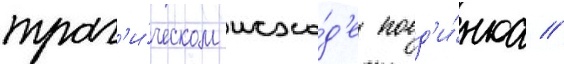
траг'и́ческом исхо́д'е поед'и́нка //